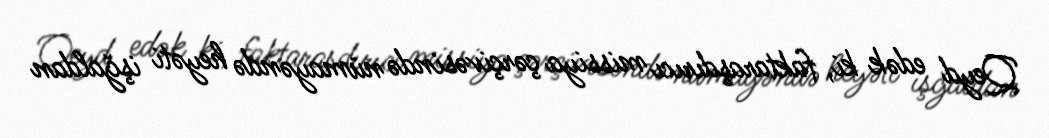
Qeyd edək ki, faktaraşdırıcı missiya çərçivəsində nümayəndə heyəti işğaldan